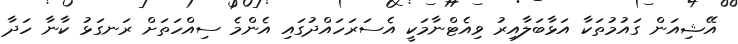
އޭޝިއަން ގައުމުތަކާ އަޅާބަލާއިރު ވިއެޓްނާމަކީ އެސަރަހައްދުގައި އެންމެ ސިއްހަތަށް ރަނގަޅު ކާނާ ހަދާ